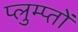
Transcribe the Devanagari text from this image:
प्लुम्प्तों